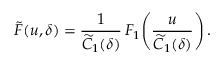
\widetilde { \cal F } ( u , \delta ) = \frac { 1 } { \widetilde C _ { 1 } ( \delta ) } \, { \cal F } _ { 1 } \! \left( \frac { u } { \widetilde C _ { 1 } ( \delta ) } \right) .